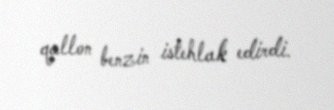
qallon benzin istehlak edirdi.